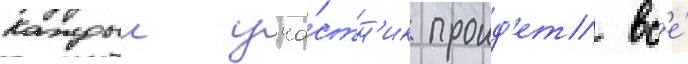
Каждыи уча́стн'ик проид'ет вс'е́